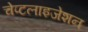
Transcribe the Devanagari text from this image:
चेप्टलाइजेशन